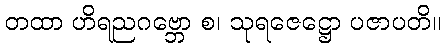
တထာ ဟိရညဂဗ္ဘော စ၊ သုရဇေဋ္ဌော ပဇာပတိ။